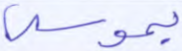
بموسى